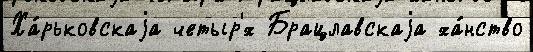
Ха́рьковскаjа четыр'́х Брацлавскаjа ха́нство